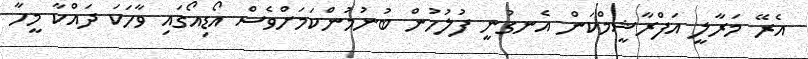
އެރޭ މަރާލީ އަފްރާޝީމްކަން އެނގުނީ ފުލުހުން ބުނުމުންކަމަށްވެސް އޯޑިއޯގައި ވާހަކަ ދައްކާ މީހާ